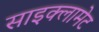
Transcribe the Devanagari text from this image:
साइक्लामेट